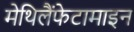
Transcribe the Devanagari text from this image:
मेथिलैंफेटामाइन